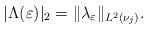
LaTeX: \begin{align*}|\Lambda(\varepsilon)|_2=\| \lambda_{\varepsilon}\|_{L^2(\nu_j)}.\end{align*}